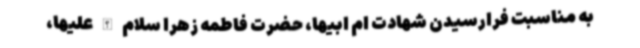
به مناسبت فرارسیدن شهادت ام ابیها، حضرت فاطمه زهرا سلام الله علیها،